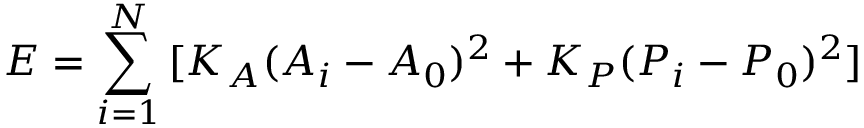
E = \sum _ { i = 1 } ^ { N } { [ K _ { A } ( A _ { i } - A _ { 0 } ) ^ { 2 } + K _ { P } ( P _ { i } - P _ { 0 } ) ^ { 2 } ] }